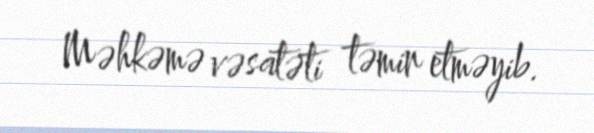
Məhkəmə vəsatəti təmin etməyib.